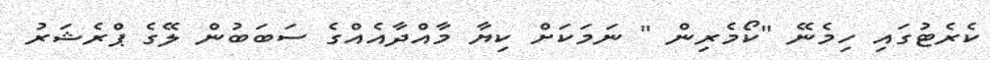
ކެރެޓުގައި ހިމެނޭ "ކޯމެރިން " ނަމަކަށް ކިޔާ މާއްދާއެއްގެ ސަބަބުން ލޭގެ ޕްރެޝަރު